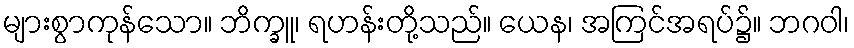
များစွာကုန်သော။ ဘိက္ခူ၊ ရဟန်းတို့သည်။ ယေန၊ အကြင်အရပ်၌။ ဘဂဝါ၊